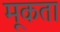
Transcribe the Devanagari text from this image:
मूकता